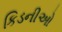
કિડનીઓ